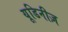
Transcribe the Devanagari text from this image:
यूडिनीज़